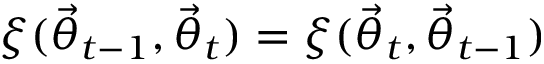
\xi ( \ensuremath { \vec { \theta } } _ { t - 1 } , \ensuremath { \vec { \theta } } _ { t } ) = \xi ( \ensuremath { \vec { \theta } } _ { t } , \ensuremath { \vec { \theta } } _ { t - 1 } )